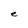
Character: e